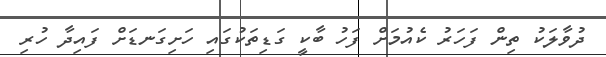
ދުވާލަކު ތިން ފަހަރު ކެއުމަށް ފަހު ބާކީ ގަޑިތަކުގައި ހަށިގަނޑަށް ފައިދާ ހުރި